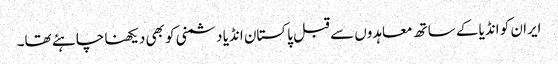
ایران کو انڈیا کے ساتھ معاہدوں سے قبل پاکستان انڈیا دشمنی کو بھی دیکھنا چاہئے تھا۔